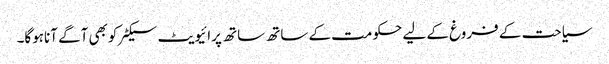
سیاحت کے فروغ کے لیے حکومت کے ساتھ ساتھ پرائیویٹ سیکٹرکوبھی آگے آناہوگا۔